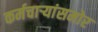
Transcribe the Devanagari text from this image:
कर्मचाऱ्यांसमोर